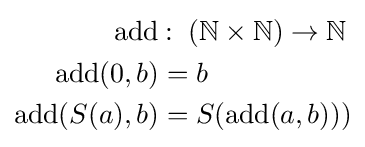
{\begin{aligned}\operatorname {add} &\mathbin {:} \ (\mathbb {N} \times \mathbb {N} )\to \mathbb {N} \\\operatorname {add} (0,b)&=b\\\operatorname {add} (S(a),b)&=S(\operatorname {add} (a,b)))\end{aligned}}